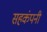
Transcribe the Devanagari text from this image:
सहकंपनी